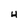
Character: 4